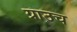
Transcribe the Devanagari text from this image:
ग्राउच